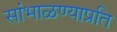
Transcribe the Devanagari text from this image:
सांभाळण्याप्रति